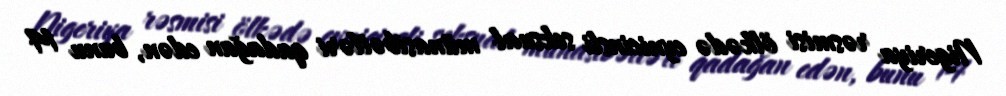
Nigeriya rəsmisi ölkədə eynicinsli seksual münasibətləri qadağan edən, bunu 14